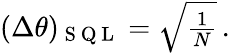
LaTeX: \begin{array}{r}{(\Delta\theta)_{\mathrm{~S~Q~L~}}=\sqrt{\frac{1}{N}}\, .}\end{array}